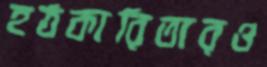
হঠকারিতারও